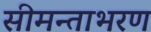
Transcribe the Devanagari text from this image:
सीमन्ताभरण